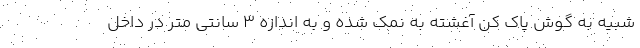
شبیه به گوش پاک کن آغشته به نمک شده و به اندازه 3 سانتی متر در داخل